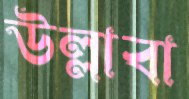
উল্লাবা